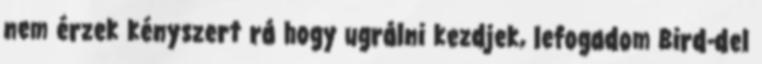
nem érzek kényszert rá hogy ugrálni kezdjek, lefogadom Bird-del